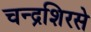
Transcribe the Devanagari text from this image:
चन्द्रशिरसे